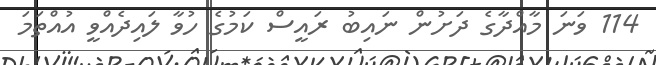
114 ވަނަ މާއްދާގެ ދަށުން ނައިބު ރައީސް ކަމުގެ ހުވާ ލައިދެއްވީ އުއްތަމަ